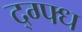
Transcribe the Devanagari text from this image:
द्ग्फ्ध